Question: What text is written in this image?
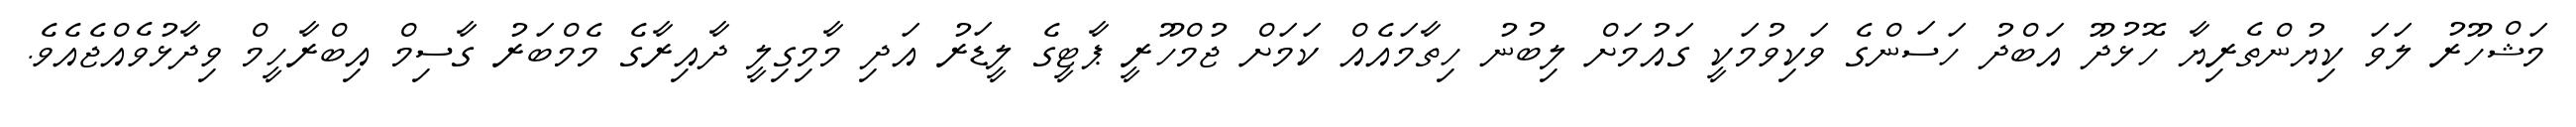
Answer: މަޝްހޫރު ލަވަ ކިޔުންތެރިޔާ ހޮޅުދޫ އަބްދު ހަސަންގެ ވަކިވުމަކީ ގައުމަށް ލިބުނު ހިތާމައެއް ކަމަށް ޖުމްހޫރީ ޕާޓީގެ ލީޑަރު އަދި މާމިގިލީ ދާއިރާގެ މެމްބަރު ގާސިމް އިބްރާހީމް ވިދާޅުވެއްޖެއެވެ.